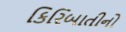
કિરિબાતીનો